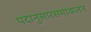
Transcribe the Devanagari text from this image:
पदानुसारसमाकलन